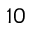
1 0